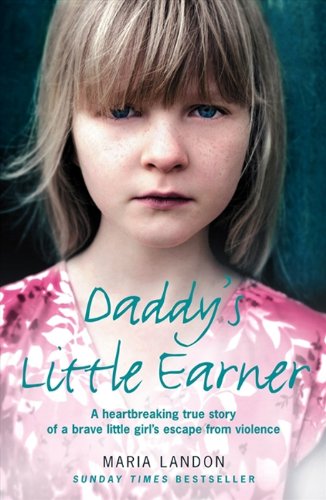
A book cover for Daddy's Little Earner: A heartbreaking true story of a brave little girl's escape from violence; Maria Landon; Politics & Social Sciences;